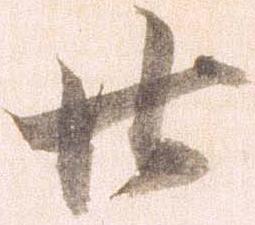
廿